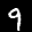
Label: 9